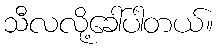
သီလလို့ခေါ်ပါတယ်။